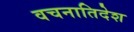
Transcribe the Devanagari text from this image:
वचनातिदेश